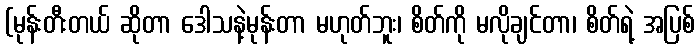
(မုန်းတီးတယ် ဆိုတာ ဒေါသနဲ့မုန်းတာ မဟုတ်ဘူး၊ စိတ်ကို မလိုချင်တာ၊ စိတ်ရဲ့ အပြစ်